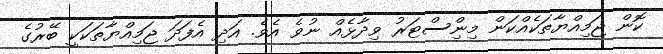
ކޮން ޖަމިއްޔާތަކެއްކަން މިނިްސްޓަރު ވިދާޅެއް ނުވެ އެވެ. އަދި އެފަދަ ޖަމިއްޔާތަކަކީ ބޭރުގެ